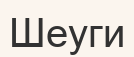
Шеуги